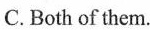
C. Both of them.